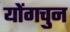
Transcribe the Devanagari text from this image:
योंगचुन